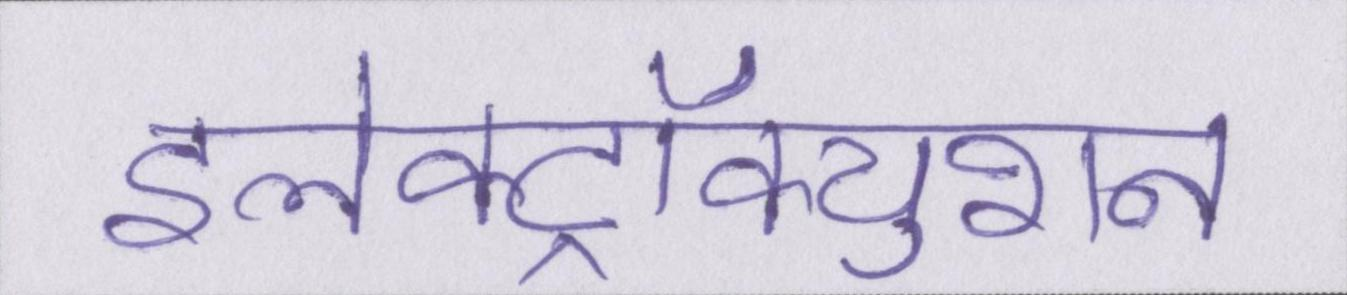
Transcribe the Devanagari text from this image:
इलेक्ट्रॉक्युशन